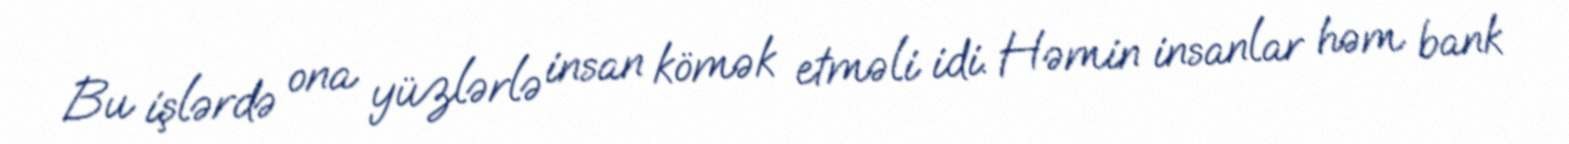
Bu işlərdə ona yüzlərlə insan kömək etməli idi. Həmin insanlar həm bank